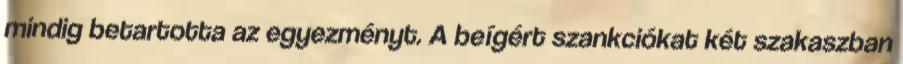
mindig betartotta az egyezményt. A beígért szankciókat két szakaszban